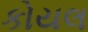
કોયલ